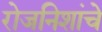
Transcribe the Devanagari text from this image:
रोजनिशांचे